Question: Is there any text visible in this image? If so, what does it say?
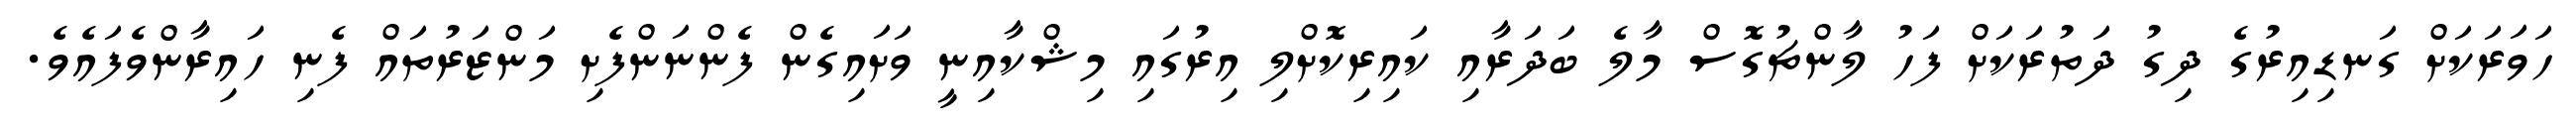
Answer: ހަވަރަކަށް ގަނޑިއިރުގެ ދިގު ދަތުރަކަށް ފަހު ލާންޗުގޮސް މާލެ ބަދަރާއި ކައިރިކޮށްލި އިރުގައި މިޝްކާއިނީ ވަށައިގެން ފެންނަންފެށި މަންޒަރުތައް ފެނި ހައިރާންވެފައެވެ.